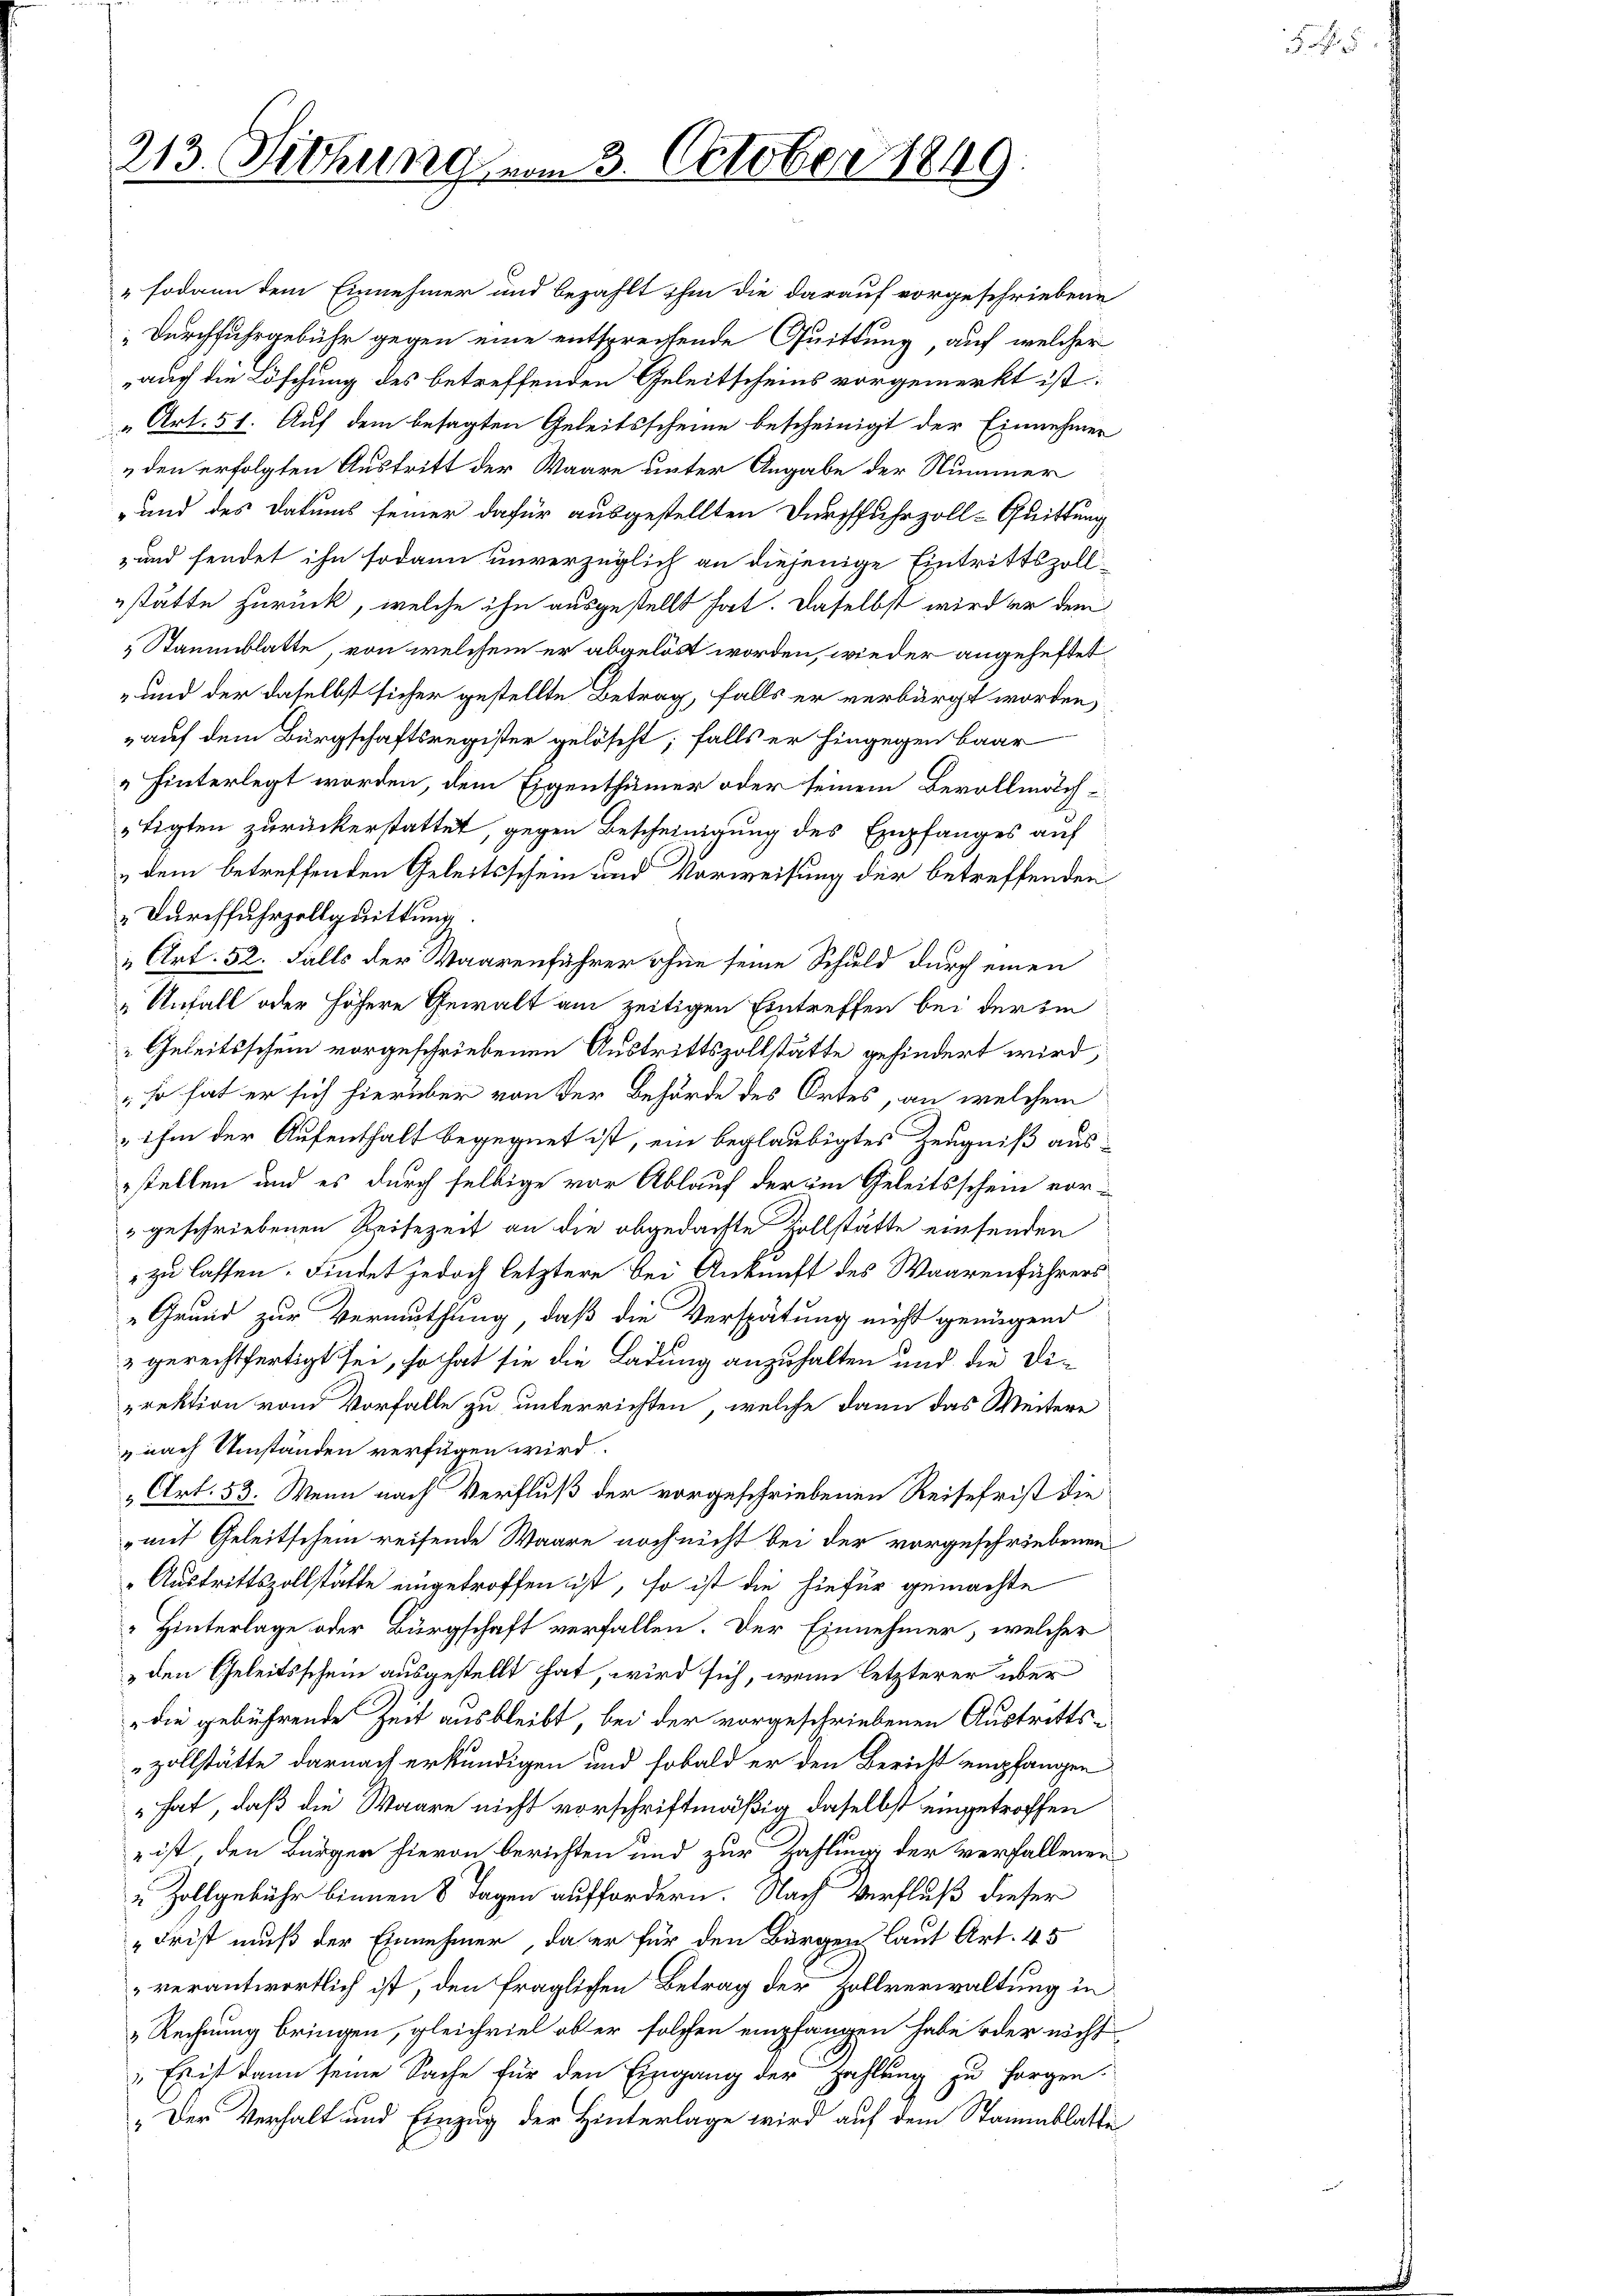
213. Sitzung am 3. October 1849

„sodann dem Einnehmer und bezahlt ihm die darauf vorgeschriebene
Durchfuhrgebühr gegen eine entsprechende Quittung, auf welcher
auch die Löschung des betreffenden Geleitscheins vorgemerkt ist
„Art. 51. Auf dem besagten Geleitsscheine bescheinigt der Einnehmen
„den erfolgten Austritt der Waare unter Angabe der Nummer
„und des Datums seiner dafür ausgestellten Durchfuhrzoll-Quittung
-und sendet ihn sodann unverzüglich an diejenige Eintrittszollstätte zurück, welche ihn ausgestellt hat. Daselbst wird der dem
Stammblatte, von welchem er abgelöst worden, wieder angeheftet
„und der daselbst sicher gestellte Betrag, falls er verbürgt worden,
„auf dem Bürgschaftsregister gelöscht; falls er hingegen baar
hinterlegt worden, dem Eigenthümer oder seinem Bevollmach
tigten zurückerstattet, gegen Bescheinigung des Empfanges auf
dem betreffenden Geleitsschein und Vorweisung der betreffenden
„Durchfuhrzollquittung
„Art. 52. Falls der Waarenführer ohne seine Schuld durch einen
„Unfall oder höhere Gewalt am zeitigen Eintreffen bei der si
Geleitsschein vorgeschriebenen Austrittszollstätte gehindert wird,
,so hat er sich hierüber von der Behörde des Ortes, an welchem
„ihm der Aufenthalt begegnet ist, ein beglaubigtes Zeugniß ausstellen und es durch selbige vor Ablauf der im Geleitsschein vor¬
"geschriebenen Reisezeit an die abgedachte Zollstätte einsenden
 zu lassen. Findet jedoch letztere bei Ankunft des Waarenführers
Grund zur Vermuthung, daß die Verspätung nicht genügend
3 gerechtfertigt sei, so hat sie die Ladung anzuhalten und die Direktion von Vorfalle zu unterrichten, welche dann das Weitere
 nach Umständen verfügen wird.
„Art. 53. Wenn nach Verfluß der vorgeschriebenen Reisefrist die
mit Geleitschein reifende Waare noch nicht bei der vorgeschriebenen
"Austrittszollstätte eingetroffen ist, so ist die hiefür gemachte
 Hinterlage oder Bürgschaft verfallen. Der Einnehmer, welcher
„den Geleitsschein ausgestellt hat, wird sich, wenn letzterer über
die gebührende Zeit ausbleibt, bei der vorgeschriebenen Austritts-
zollstätte darnach erkundigen und sobald er den Bericht empfangen
" hat, daß die Waare nicht vorschriftmäßig daselbst eingetroffen
 ist, den Bürger hievon berichten und zur Zahlung der verfallenen
 Zollgebühr binnen 8 Tagen auffordern. Nach Verfluß dieser
„Frist muß der Einnehmer, da er für den Bürgen laut Art. 45
verantwortlich ist, den fraglichen Betrag der Zollverwaltung in
Rechnung bringen, gleichviel obter solchen empfangen habe oder nicht
" Es ist dann seine Sache für den Eingang der Zahlung zu sorgen.
„Der Verhalt und Einzug der Hinterlage wird auf dem Stammblatte

o